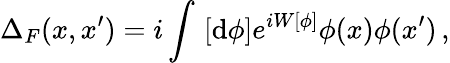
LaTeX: \Delta_{F}(x,x^{\prime})=i\int\, \left[\mathrm{d}\phi\right]e^{iW[\phi]}\phi(x)\phi(x^{\prime})\, ,